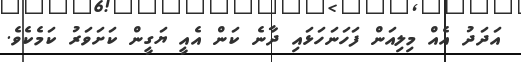
އަދަދު އެއް މިލިއަން ފަހަނަހަޅައި ދާނެ ކަން އެއީ ޔަގީން ކަށަވަރު ކަމެކެވެ.